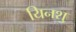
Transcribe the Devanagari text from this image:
यिनशु